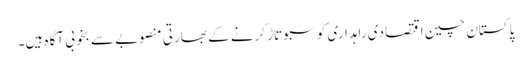
پاکستان چین اقتصادی راہداری کو سبوتاڑ کرنے کے بھارتی منصوبے سے بخوبی آگاہ ہیں۔